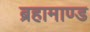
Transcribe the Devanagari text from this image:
ब्रहामाण्ड